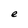
Character: e